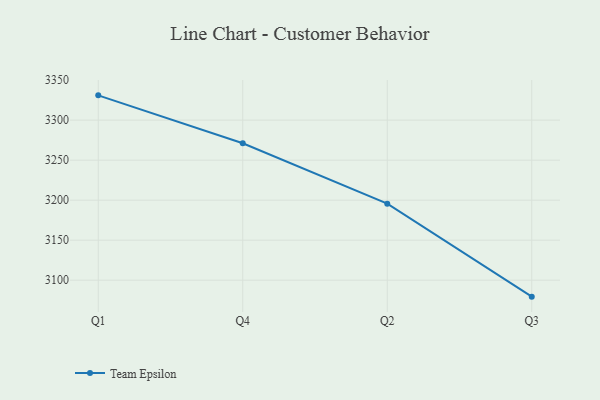
{"axis": {"x": "Quarter", "y": "Population (Million)"}, "legend": ["Team Epsilon"], "data": [{"x": "Q1", "y": 3331.0, "type": "Team Epsilon"}, {"x": "Q4", "y": 3271.1, "type": "Team Epsilon"}, {"x": "Q2", "y": 3195.6, "type": "Team Epsilon"}, {"x": "Q3", "y": 3079.4, "type": "Team Epsilon"}]}